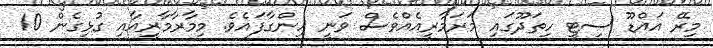
މިރޭ އައްޑޫ ސިޓީ ހިތަދޫގައި މަރަމާރީއެއްވެސް ވަނީ ހިންގާފައެވެ. މިމާރާމާރީއާއި ގުޅިގެން 10